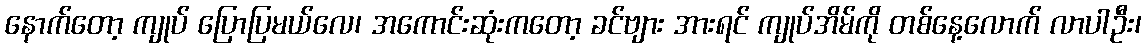
နောက်တော့ ကျုပ် ပြောပြမယ်လေ၊ အကောင်းဆုံးကတော့ ခင်ဗျား အားရင် ကျုပ်အိမ်ကို တစ်နေ့လောက် လာပါဦး၊